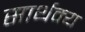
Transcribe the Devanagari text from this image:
सार्थक्य